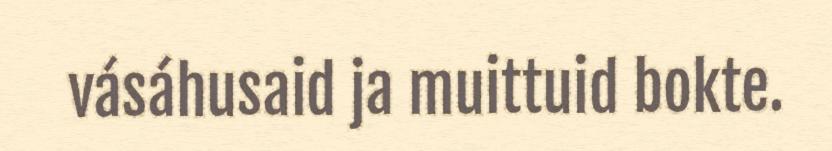
vásáhusaid ja muittuid bokte.